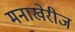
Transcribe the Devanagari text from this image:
मनाखेरीज